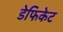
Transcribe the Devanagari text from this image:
डेफिकेट